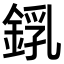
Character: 𨨜